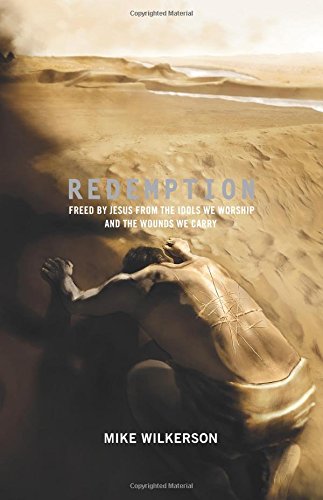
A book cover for Redemption: Freed by Jesus from the Idols We Worship and the Wounds We Carry (Re: Lit Books); Mike Wilkerson; Christian Books & Bibles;